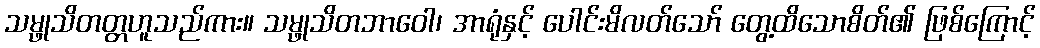
သမ္ဖုသိတတ္တဟူသည်ကား။ သမ္ဖုသိတဘာဝေါ၊ အာရုံနှင့် ပေါင်းမိလတ်သော် တွေ့ထိသောစိတ်၏ ဖြစ်ကြောင့်